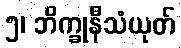
၅၊ ဘိက္ခုနီသံယုတ်